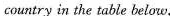
country in the table below.